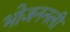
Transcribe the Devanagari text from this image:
भोजननली